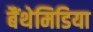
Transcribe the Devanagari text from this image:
बैंथेमिडिया